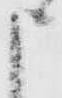
申